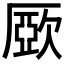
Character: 𣣾